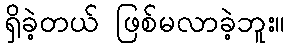
ရှိခဲ့တယ် ဖြစ်မလာခဲ့ဘူး။